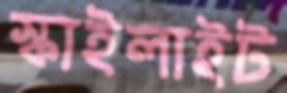
স্কাইলাইট